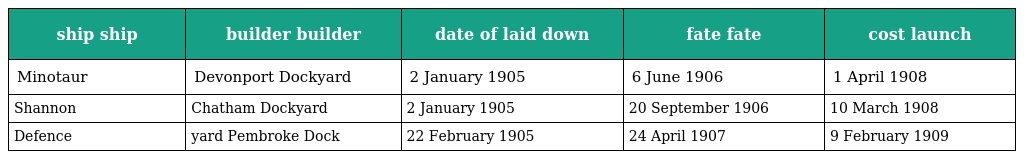
| ship ship | builder builder | date of laid down | fate fate | cost launch |
 | --- | --- | --- | --- | --- |
 | Minotaur | Devonport Dockyard | 2 January 1905 | 6 June 1906 | 1 April 1908 |
 | Shannon | Chatham Dockyard | 2 January 1905 | 20 September 1906 | 10 March 1908 |
 | Defence | yard Pembroke Dock | 22 February 1905 | 24 April 1907 | 9 February 1909 |